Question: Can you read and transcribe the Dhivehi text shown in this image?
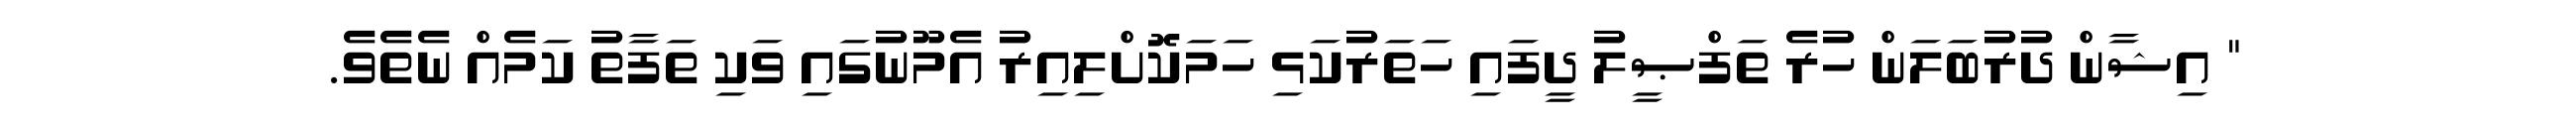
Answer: " އިޝާން ދުރުބަލަން ހުރެ ތަފްޞީލު ދީފައި ހަތަރުކަޅި ހަމަކޮށްލިއިރު އެމޫނުގައި ވަކި ތަފާތު ކަމެއް ނެތެވެ.